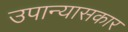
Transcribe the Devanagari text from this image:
उपान्यासकार